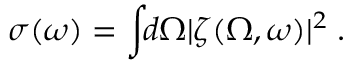
\sigma ( \omega ) = \int \! \! d \Omega | \zeta ( \Omega , \omega ) | ^ { 2 } \; .